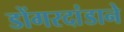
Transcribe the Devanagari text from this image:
डोंगरदांडाने